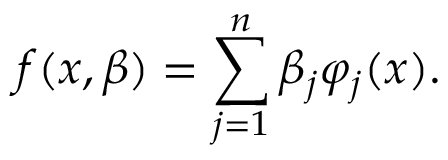
f ( x , { \boldsymbol { \beta } } ) = \sum _ { j = 1 } ^ { n } \beta _ { j } \varphi _ { j } ( x ) .